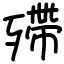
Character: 殢